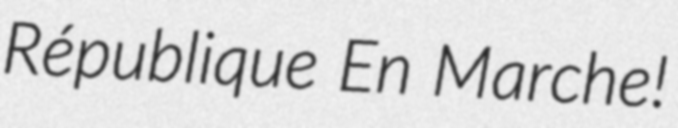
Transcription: République En Marche!